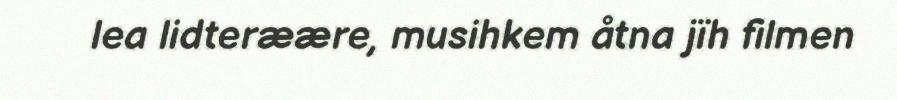
lea lidteræære, musihkem åtna jïh filmen